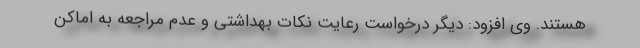
هستند. وی افزود: دیگر درخواست رعایت نکات بهداشتی و عدم مراجعه به اماکن